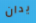
يدان